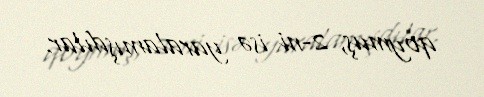
qoymuş, 2-ni isə yaralamışdılar.